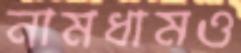
নামধামও